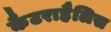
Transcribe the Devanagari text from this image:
कैटराहैलिस